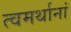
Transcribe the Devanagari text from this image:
त्वमर्थानां